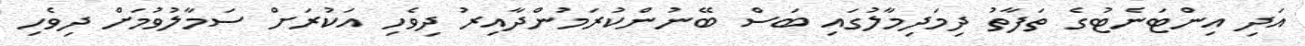
އަދި އިންޓަނެޓުގެ ތަފާތު ދިމަދިމާލުގައި ބަސް ބޭނުންކުރަމުންދާއިރު ދިވެހި އަކުރަށް ސަމާލުވުމަށް ދިވެހި